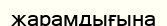
жарамдығына